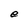
Character: e